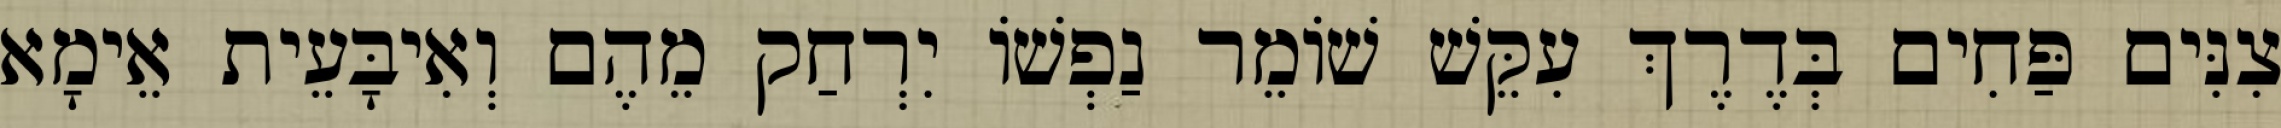
צִנִּים פַּחִים בְּדֶרֶךְ עִקֵּשׁ שׁוֹמֵר נַפְשׁוֹ יִרְחַק מֵהֶם וְאִיבָּעֵית אֵימָא